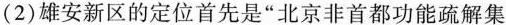
(2)雄安新区的定位首先是“北京非首都功能疏解集